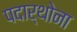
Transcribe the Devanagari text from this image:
पदार्थोना